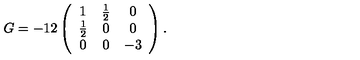
G = - 1 2 \left( \begin{array} { c c c } { 1 } & { \frac { 1 } { 2 } } & { 0 } \\ { \frac { 1 } { 2 } } & { 0 } & { 0 } \\ { 0 } & { 0 } & { - 3 } \\ \end{array} \right) .